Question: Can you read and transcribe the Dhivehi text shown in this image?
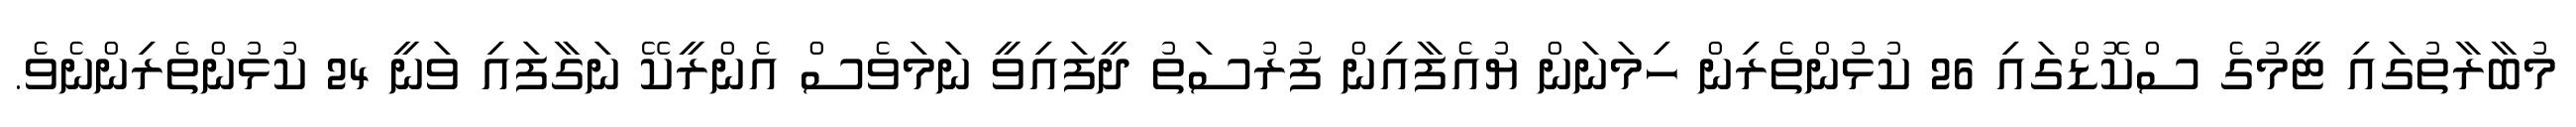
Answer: މުބާރާތުގައި ޓީމުގެ ސްކޮޑްގައި 26 ކުޅުންތެރިން ހިމަނަން ޔުއެފާއިން ފުރުސަތު ދީފައިވީ ނަމަވެސް އެންރީކޭ ނަގާފައި ވަނީ 24 ކުޅުންތެރިންނެވެ.